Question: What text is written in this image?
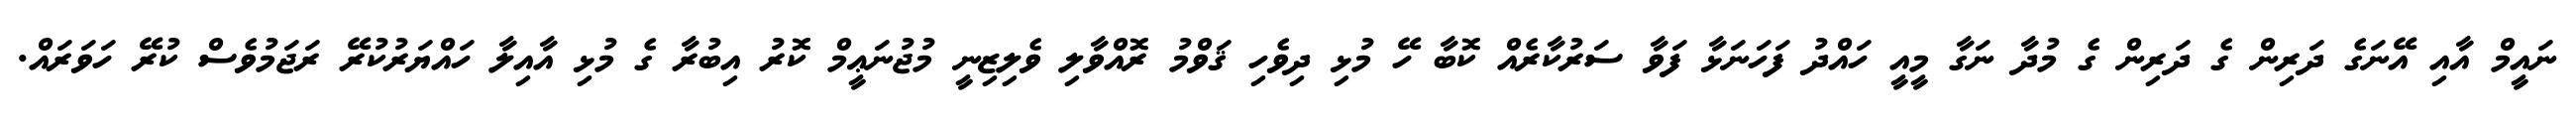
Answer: ނައީމް އާއި އޭނަގެ ދަރިން ގެ ދަރިން ގެ މުދާ ނަގާ މީއީ ހައްދު ފަހަނަޅާ ފަވާ ސަރުކާރެއް ކޮބާ ހޭ މުޅި ދިވެހި ޤަވްމު ރޮއްވާލި ވެލިޒިނީ މުޖުނަޢީމް ކޮރު އިބުރާ ގެ މުޅި އާއިލާ ހައްޔަރުކުރޭ ރަޖަމުވެސް ކުރޭ ހަވަރައް.